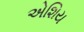
એશિય